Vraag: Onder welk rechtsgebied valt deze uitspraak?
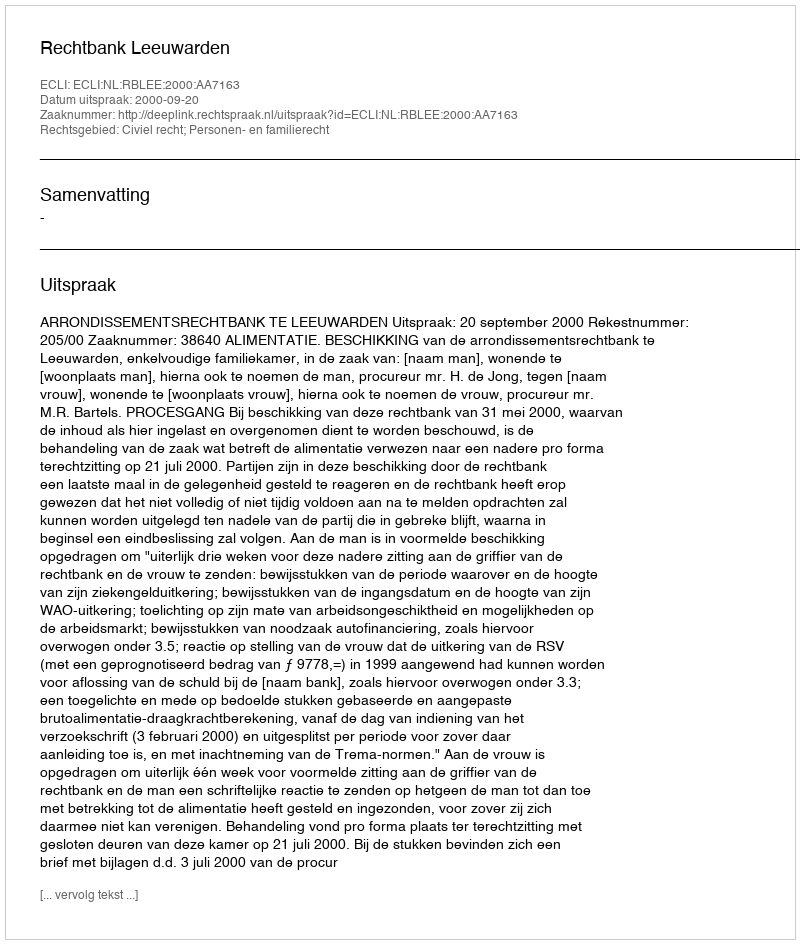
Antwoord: Civiel recht; Personen- en familierecht